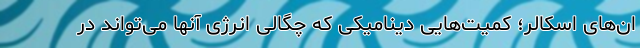
ان‌های اسکالر؛ کمیت‌هایی دینامیکی که چگالی انرژی آنها می‌تواند در